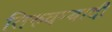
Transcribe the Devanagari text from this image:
तिरुवम्बादी